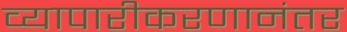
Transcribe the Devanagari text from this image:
व्यापारीकरणानंतर